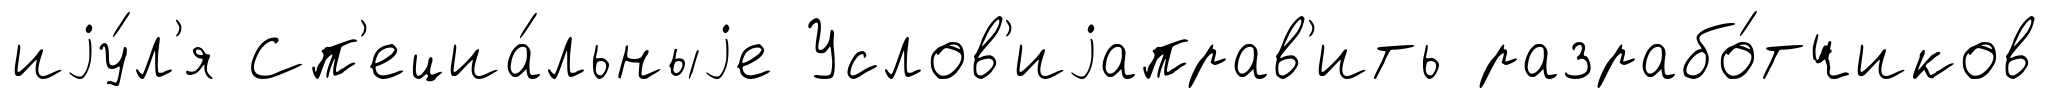
иjу́л'я Сп'ециа́льныjе Услов'иjаправ'ить разрабо́тчиков